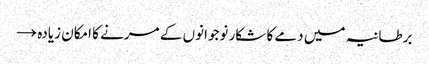
برطانیہ میں دمے کا شکار نوجوانوں کے مرنے کا امکان زیادہ →